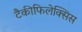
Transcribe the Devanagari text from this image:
टैकीफिलेक्सिस